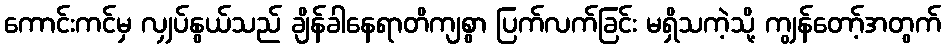
ကောင်းကင်မှ လျှပ်နွယ်သည် ချိန်ခါနေရာတိကျစွာ ပြက်လက်ခြင်း မရှိသကဲ့သို့ ကျွန်တော့်အတွက်